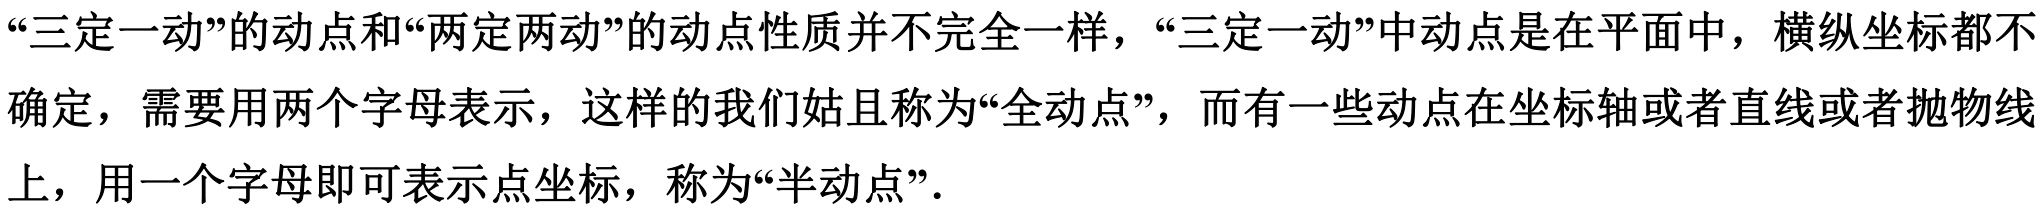
“三定一动”的动点和“两定两动”的动点性质并不完全一样，“三定一动”中动点是在平面中，横纵坐标都不确定，需要用两个字母表示，这样的我们姑且称为“全动点”，而有一些动点在坐标轴或者直线或者抛物线上，用一个字母即可表示点坐标，称为“半动点”．